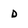
Character: D